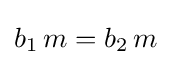
b_{1}\,m=b_{2}\,m